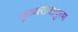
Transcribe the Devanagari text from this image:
कृष्णराजापुरम